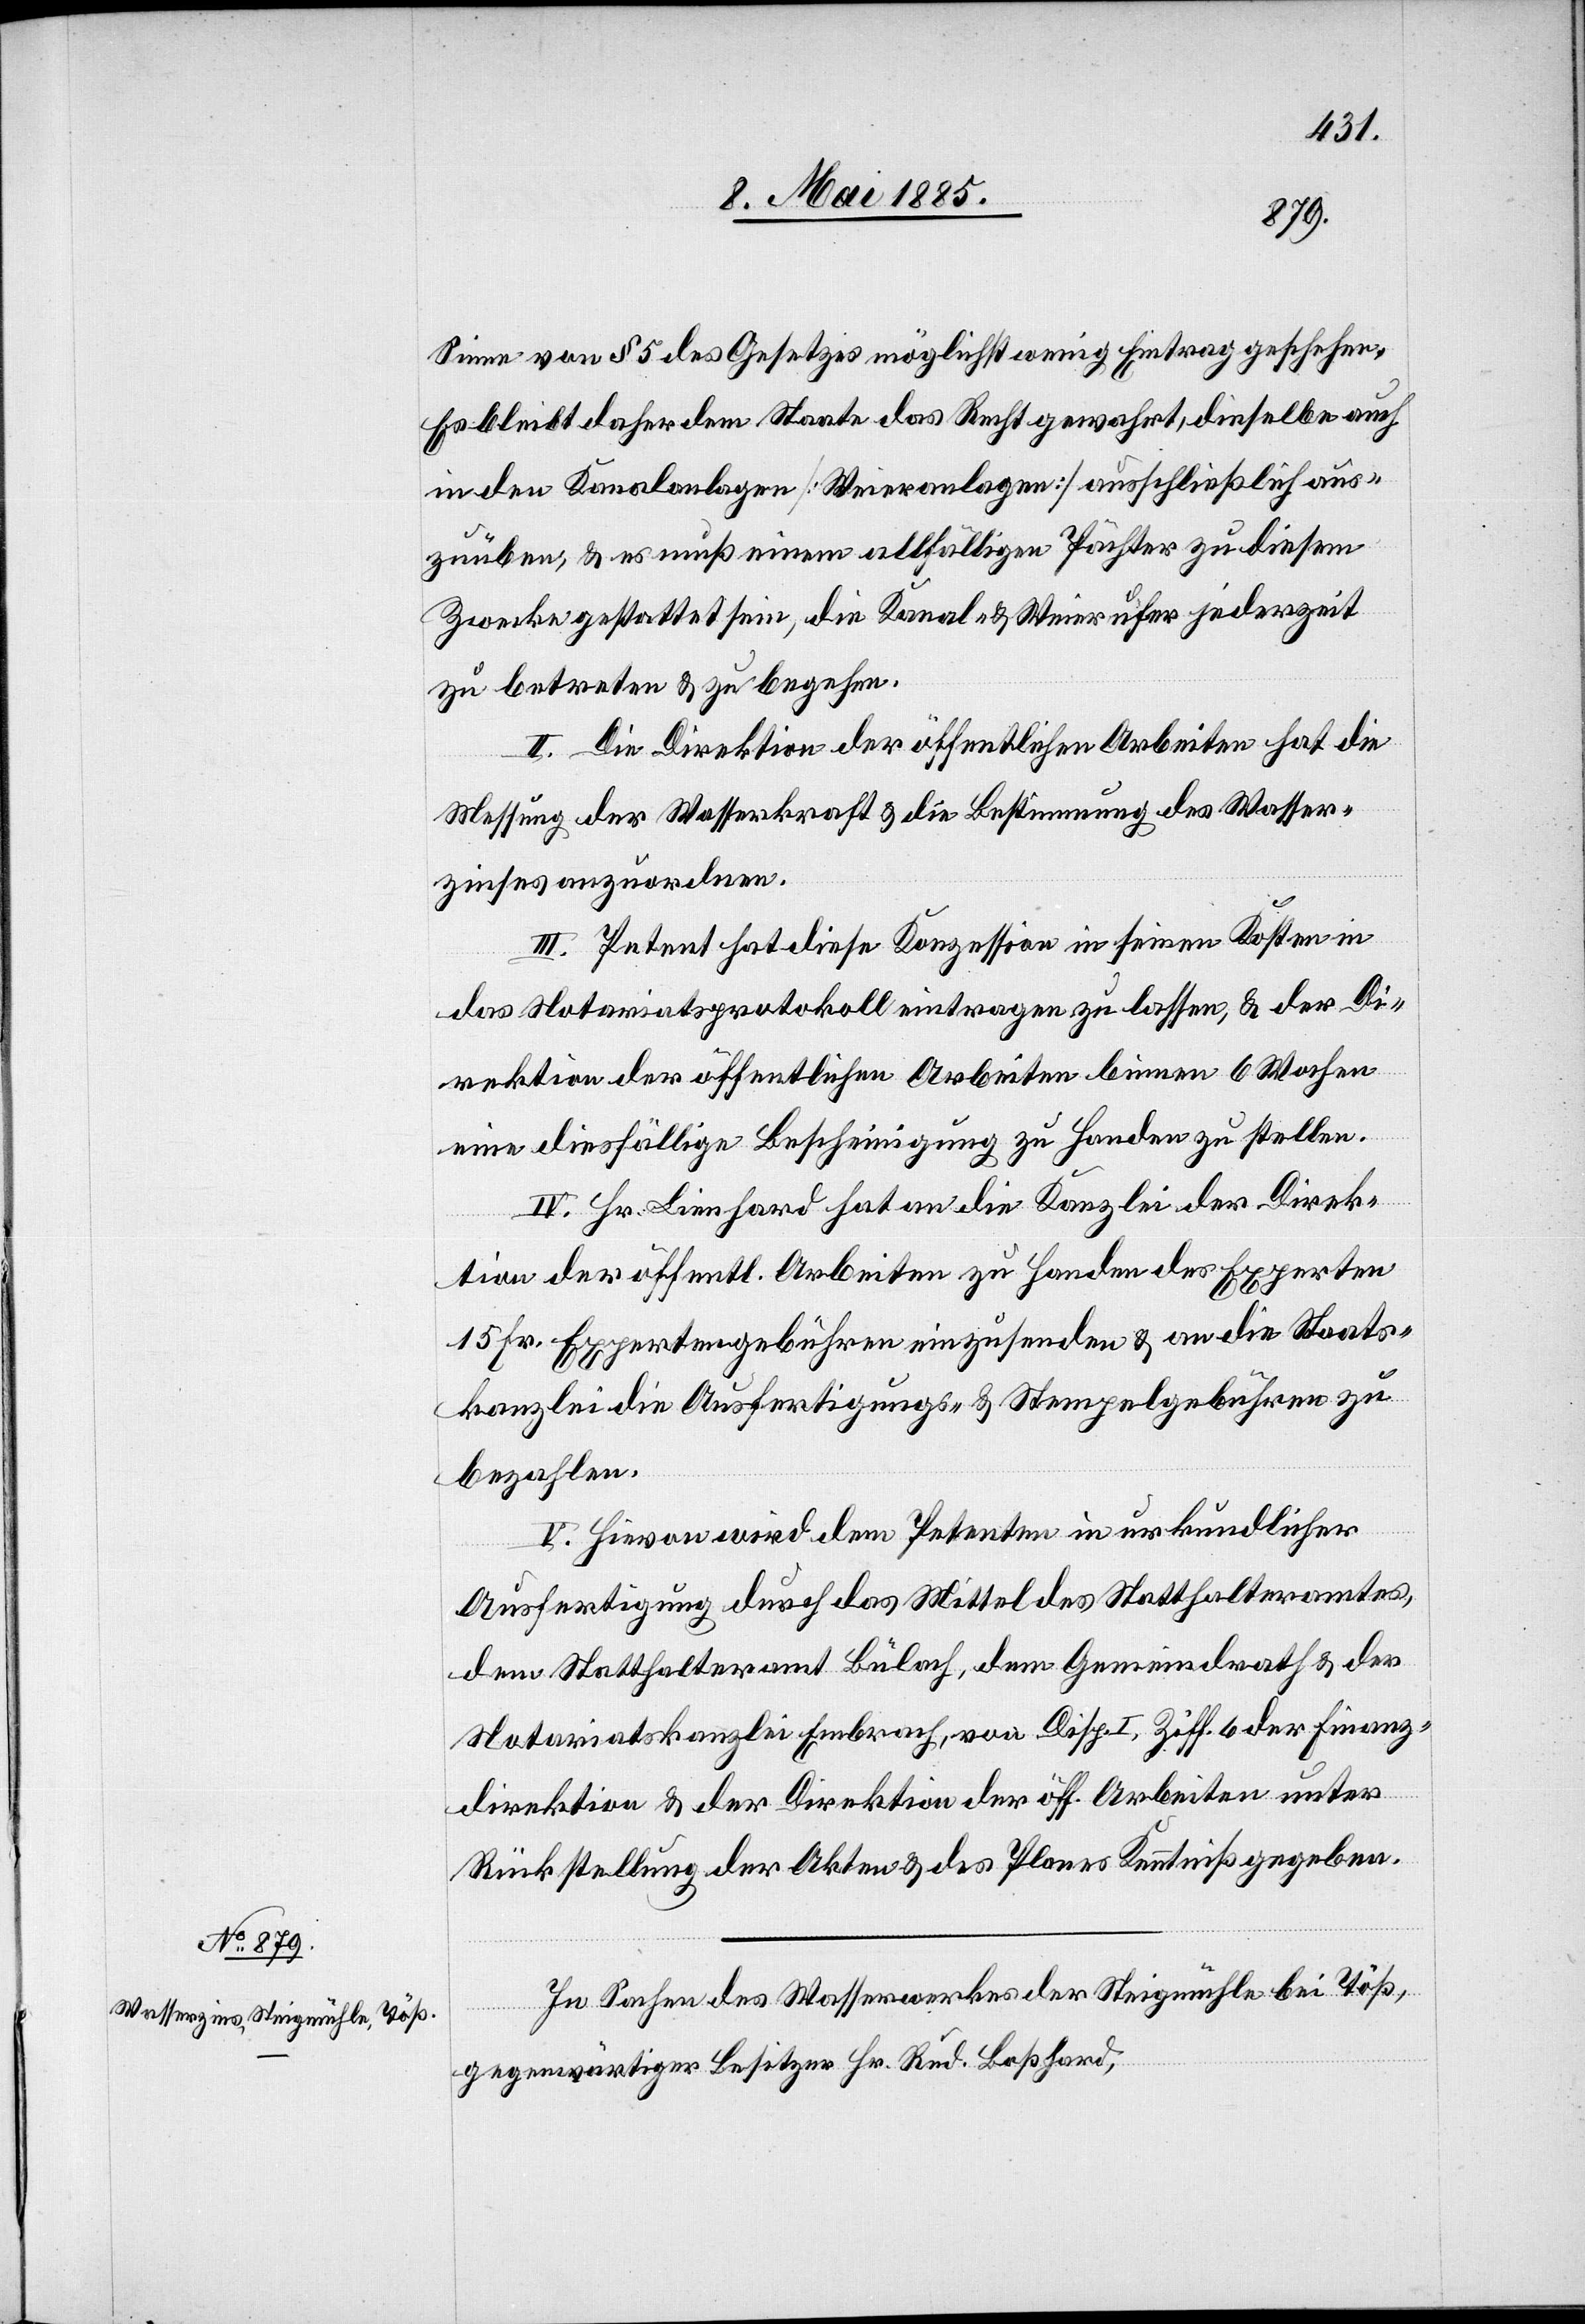
Sinne von § 5 des Gesetzes möglichst wenig Eintrag geschehen.
Es bleibt daher dem Staate das Recht gewahrt, dieselben auch
in den Kanalanlagen [Weieranlagen] ausschließlich aus¬
zuüben, & es muß einem allfälligen Pächter zu diesem
Zwecke gestattet sein, die Kanal- & Weierufer jederzeit
zu betreten & zu begehen.
II. Die Direktion der öffentlichen Arbeiten hat die
Messung der Wasserkraft & die Bestimmung des Wasser¬
zinses anzuordnen.
III. Petent hat diese Konzession in seinen Kosten in
das Notariatsprotokoll eintragen zu lassen, & der Di¬
rektion der öffentlichen Arbeiten binnen 6 Wochen
eine diesfällige Bescheinigung zu Handen zu stellen.
IV. Hr. Lienhard hat an die Kanzlei der Direk¬
tion der öffentl. Arbeiten zu Handen des Experten
15 Fr. Expertengebühren einzusenden & an die Staats¬
kanzlei die Ausfertigungs- & Stempelgebühren zu
bezahlen.
V. Hievon wird dem Petenten in urkundlicher
Ausfertigung durch das Mittel des Statthalteramtes
dem Statthalteramt Bülach, dem Gemeindrath & der
Notariatskanzlei Embrach, von Disp. I, Ziff. 6 der Finanz¬
direktion & der Direktion der öff. Arbeiten unter
Rückstellung der Akten & des Planes Kenntniß gegeben.
In Sachen des Wasserwerkes der Steigmühle bei Töß,
gegenwärtiger Besitzer Hr. Rud. Boßhard,